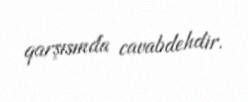
qarşısında cavabdehdir.